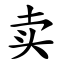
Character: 卖